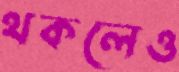
থকলেও